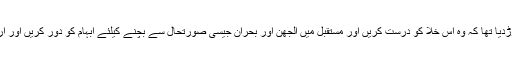
عدالت نے یہ حکومت اور پارلیمان پر چھوڑدیا تھا کہ وہ اس خلا کو درست کریں اور مستقبل میں الجھن اور بحران جیسی صورتحال سے بچنے کیلئے ابہام کو دور کریں اور آرٹیکل 243 کے دائرہ کار کو واضح کریں۔